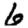
Digit: 6